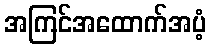
အကြင်အထောက်အပံ့